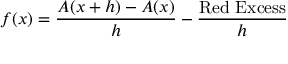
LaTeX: f ( x ) = { \frac { A ( x + h ) - A ( x ) } { h } } - { \frac { \mathrm { R e d ~ E x c e s s } } { h } }